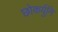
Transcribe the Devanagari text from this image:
छोकर्युनि